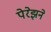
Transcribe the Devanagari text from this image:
पेरेझने